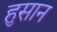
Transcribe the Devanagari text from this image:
हुसान